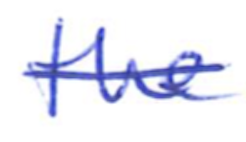
Text: the
Cross-out: single-line
Writing tool: ballpoint